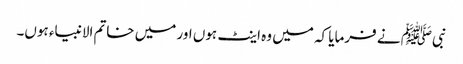
نبیﷺ نے فرمایا کہ میں وہ اینٹ ہوں اور میں خاتم الانبیاء ہوں۔